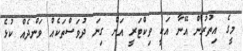
މީގެ އިތުރުން އޭނާ އަކީ ވިކްޓަރީ އަށް ގިނަ ދުވަސްތަކެއް ވަންދެއް ކުޅެ